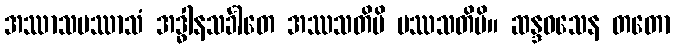
အဿာသပဿာသံ အဒ္ဓါနသင်္ခါတေ အဿသတိပိ ပဿသတိပိ။ ဆန္ဒဝသေန တတော